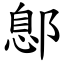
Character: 鄎